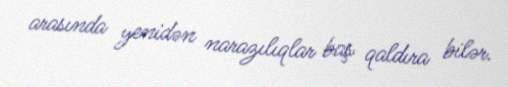
arasında yenidən narazılıqlar baş qaldıra bilər.